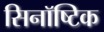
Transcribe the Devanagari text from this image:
सिनॉष्टिक